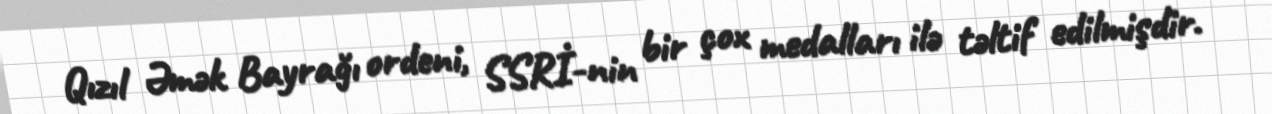
Qızıl Əmək Bayrağı ordeni, SSRİ-nin bir çox medalları ilə təltif edilmişdir.